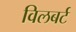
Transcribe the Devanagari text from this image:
विलबर्ट